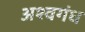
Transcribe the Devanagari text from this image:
अश्वगंध